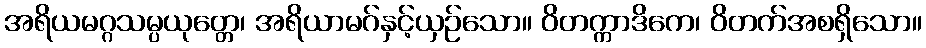
အရိယမဂ္ဂသမ္ပယုတ္တေ၊ အရိယာမဂ်နှင့်ယှဉ်သော။ ဝိတက္ကာဒိကေ၊ ဝိတက်အစရှိသော။